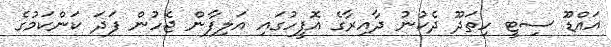
އައްޑޫ ސިޓީ ހިތަދޫ ދެކުނު ދާއިރާގެ އޮފީހުގައި އަލިފާން ޖެހުން ފަދަ ކަންކަމުގެ